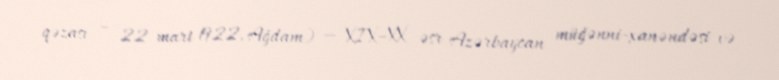
qəzası – 22 mart 1922, Ağdam) — XIX–XX əsr Azərbaycan müğənni-xanəndəsi və